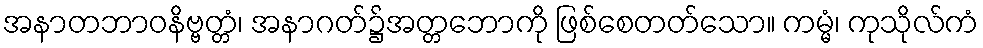
အနာတဘာဝနိဗ္ဗတ္တံ၊ အနာဂတ်၌အတ္တဘောကို ဖြစ်စေတတ်သော။ ကမ္မံ၊ ကုသိုလ်ကံ